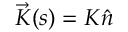
\vec { K } ( s ) = K \hat { n }